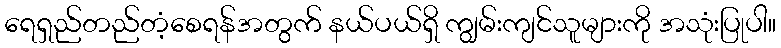
ရေရှည်တည်တံ့စေရန်အတွက် နယ်ပယ်ရှိ ကျွမ်းကျင်သူများကို အသုံးပြုပါ။